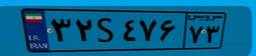
۳۲S۴۷۶۷۳